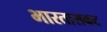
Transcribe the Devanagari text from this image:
भारतासकट